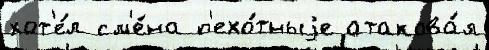
хот'е́л см'е́на п'ехо́тныjе атакова́л